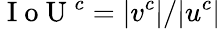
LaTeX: \mathrm{~I~o~U~}^{c}=|v^{c}|/|u^{c}|